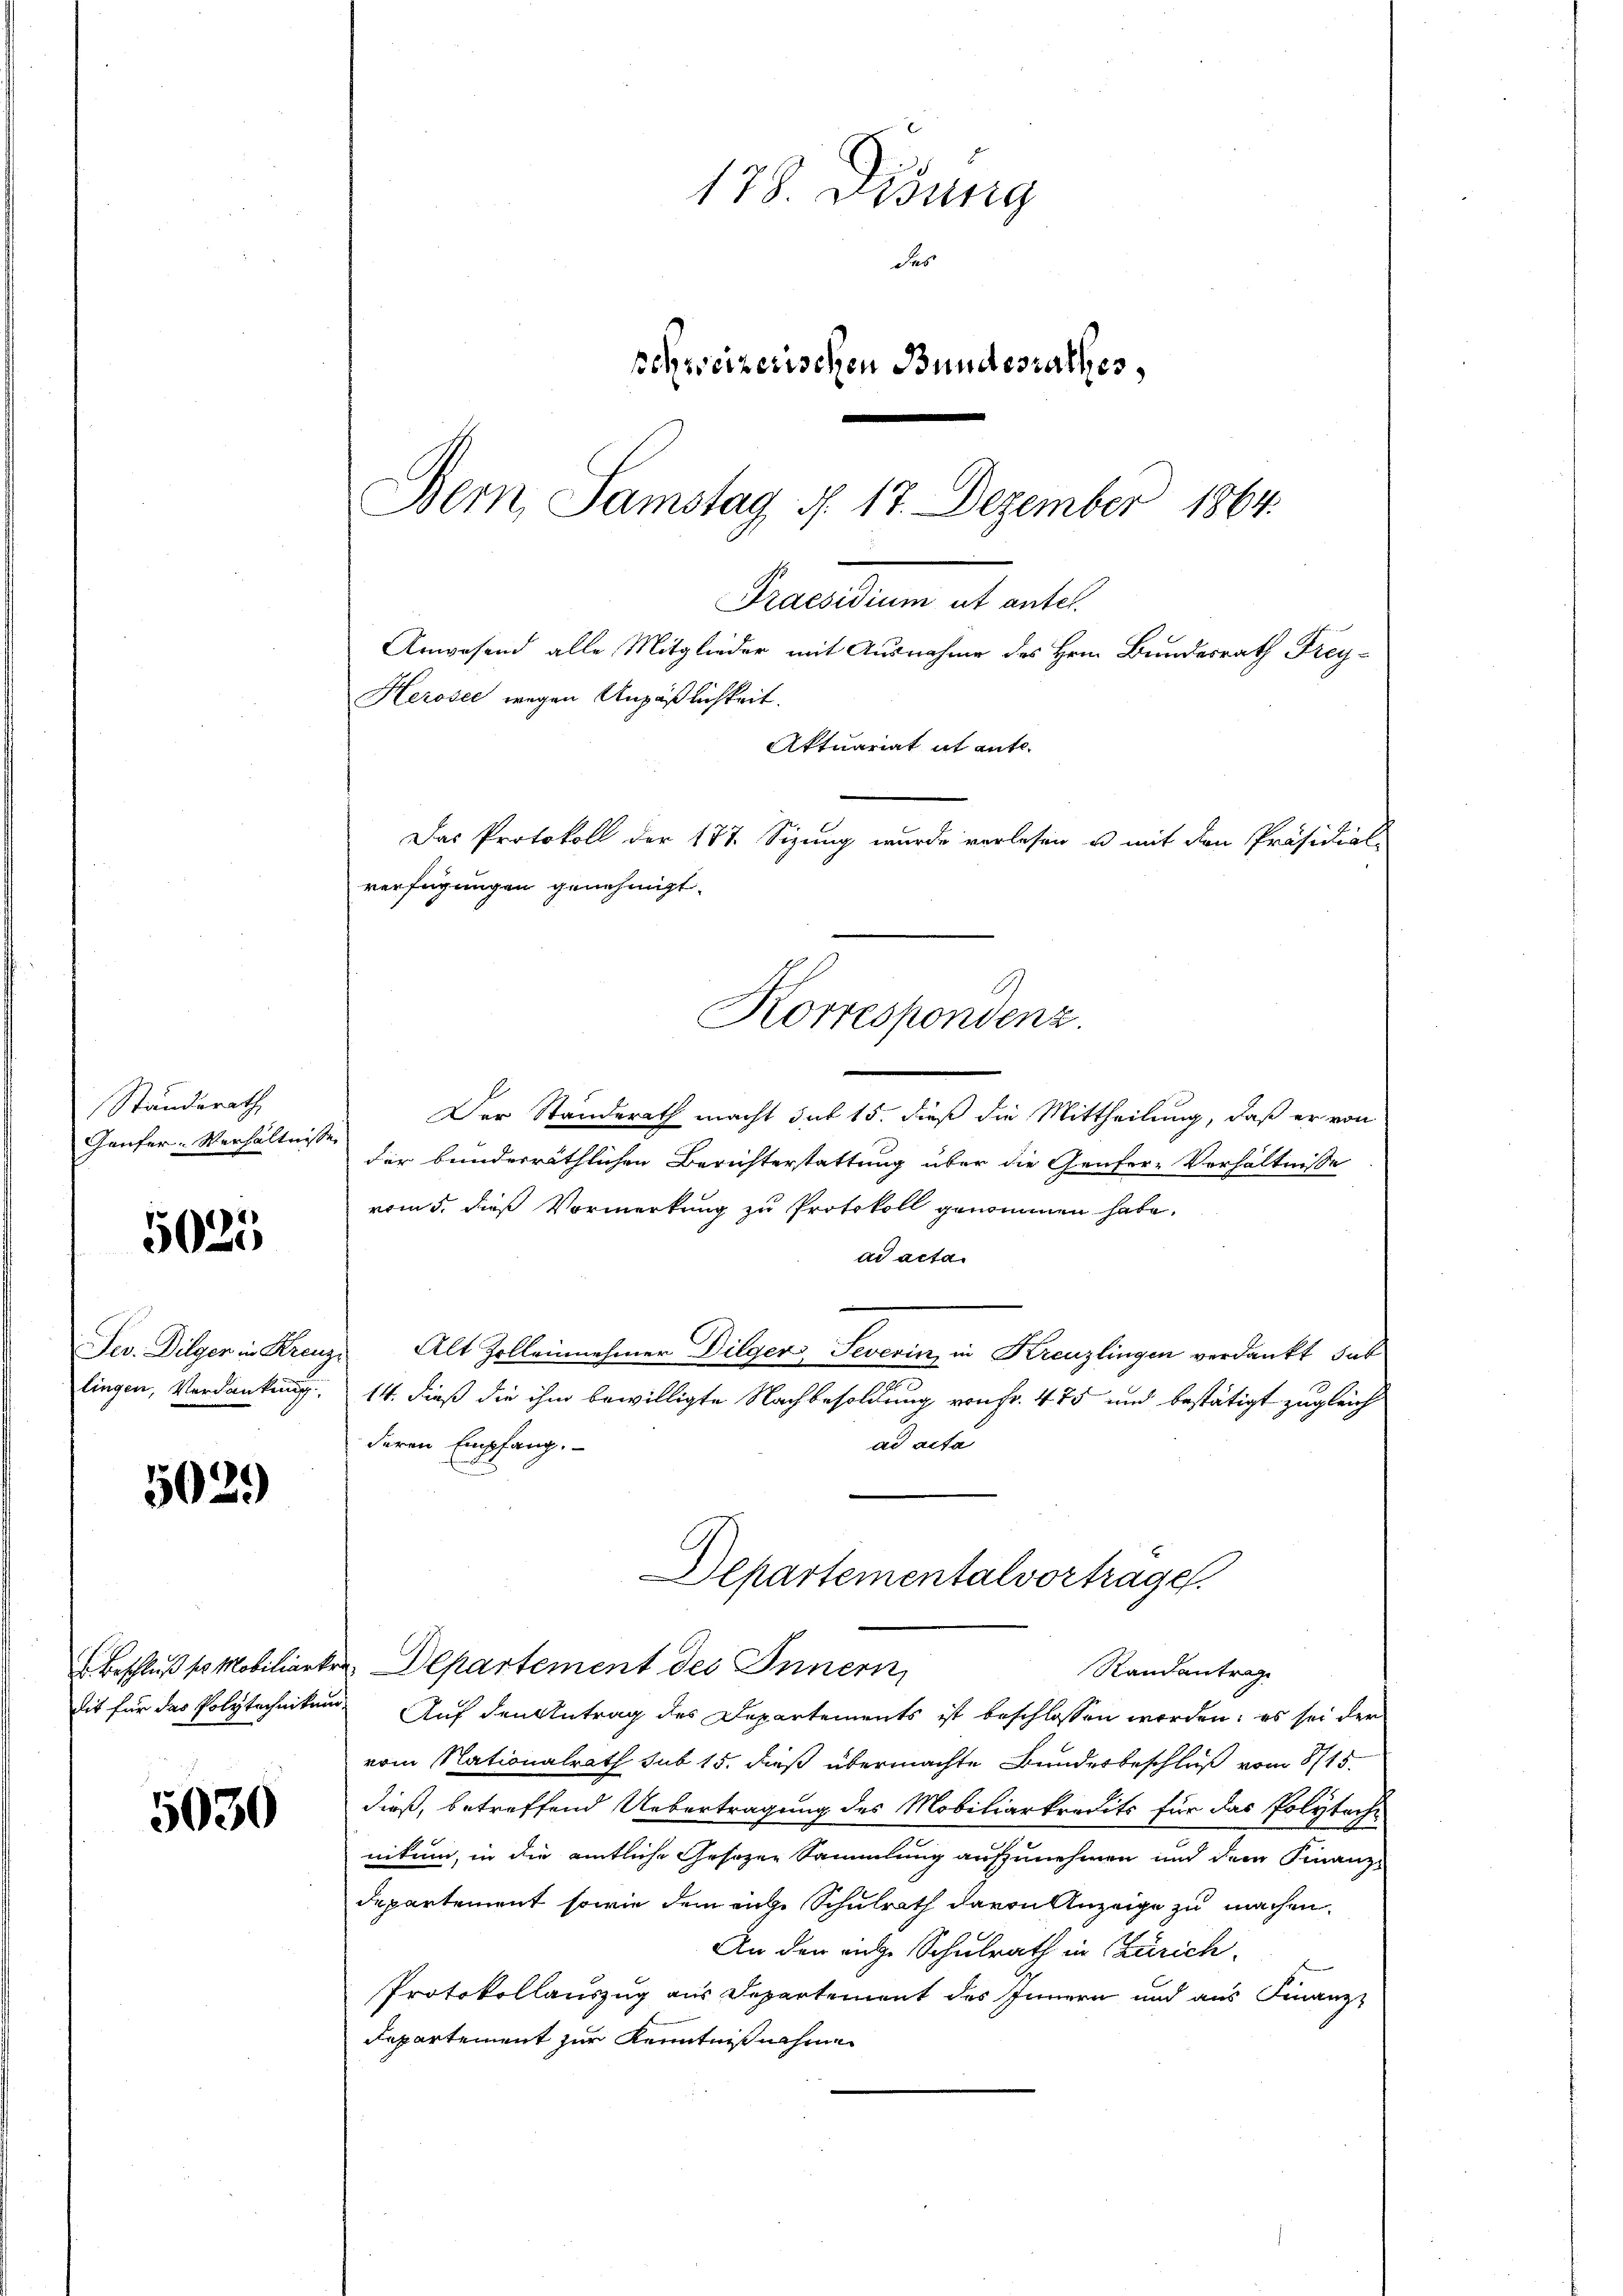
Ständerath
Gäufer. Verhältniss

5025

Jev. Dilgen in Krei
lingen, Verdankung

503.)

Beschluß so Mobiliarkr
dit für das Polytechnikum

5030

178. Disung
das
schweizerischen Bundesrathes,
Bern, Samstag d. 17. Dezember 1864.

Herosee wegen Unpäßlichkeit.
Aktuariat it ente.
Das Protokoll der 177 Sizung wurde verlesen u. mit den Präsidial-
verfügungen genehmigt.
.
Korrespondenz.

Der Standerath macht sub 15. dieß die Mittheilung, daß er von
der bunderräthlichen Berichterstattung über die Genfer-Verhältnisse
vom 5. dieß Vormerkung zu Protokoll genommen habe.
ad acta
" Alt Zolleinehmer Dilger Severin in Kreuzlingen verdankt, sub
14. dieß die ihm bewilligte Nachbesoldung von fr. 475 und bestätigt zugleich
deren Empfang.
ad acta
Departementalvortrage.
Departement des Innern,
Randantrag
Auf den Antrag des Departements ist beschlossen worden; es sei der
vom Nationalrath sub 15. dieß übermachte Bundesbeschluß vom 8715.
dieß, betreffend Uebertragung des Mobiliarkredits für das Polytechnikum, in die amtliche Gesezen Sammlung aufzunehmen und dem Finanz-
departement sowie dem eige Schulrath davon Anzeige zu machen.
An den ange Schulrath in Zürich
Protokollauszug aus Departement des Innern und aus Finanz-
Repartement zur Kenntnißnahme

Praesidium ut antel.

Anwesend alle Mitglieder mit Ausnahme des Hrn. Bundesrath Frey¬